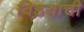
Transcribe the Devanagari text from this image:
विडयाची